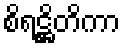
စိရဋ္ဌိတိကာ